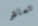
تعاشر